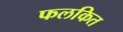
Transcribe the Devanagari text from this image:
फलकित